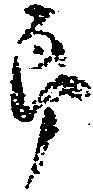
郎